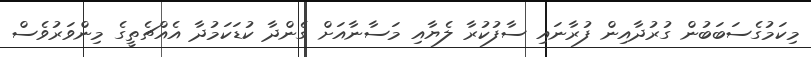
މިކަމުގެސަބަބުން ގުރުދާއިން ފުރާނައި ސާފުކުރާ ލެޔާއި މަސާނާއަށް ގެންދާ ކުޑަކަމުދާ އެއްޗެތީގެ މިންވަރުވެސް